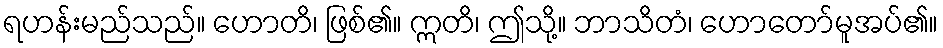
ရဟန်းမည်သည်။ ဟောတိ၊ ဖြစ်၏။ ဣတိ၊ ဤသို့။ ဘာသိတံ၊ ဟောတော်မူအပ်၏။